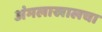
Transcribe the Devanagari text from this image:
अंमलाखालचा